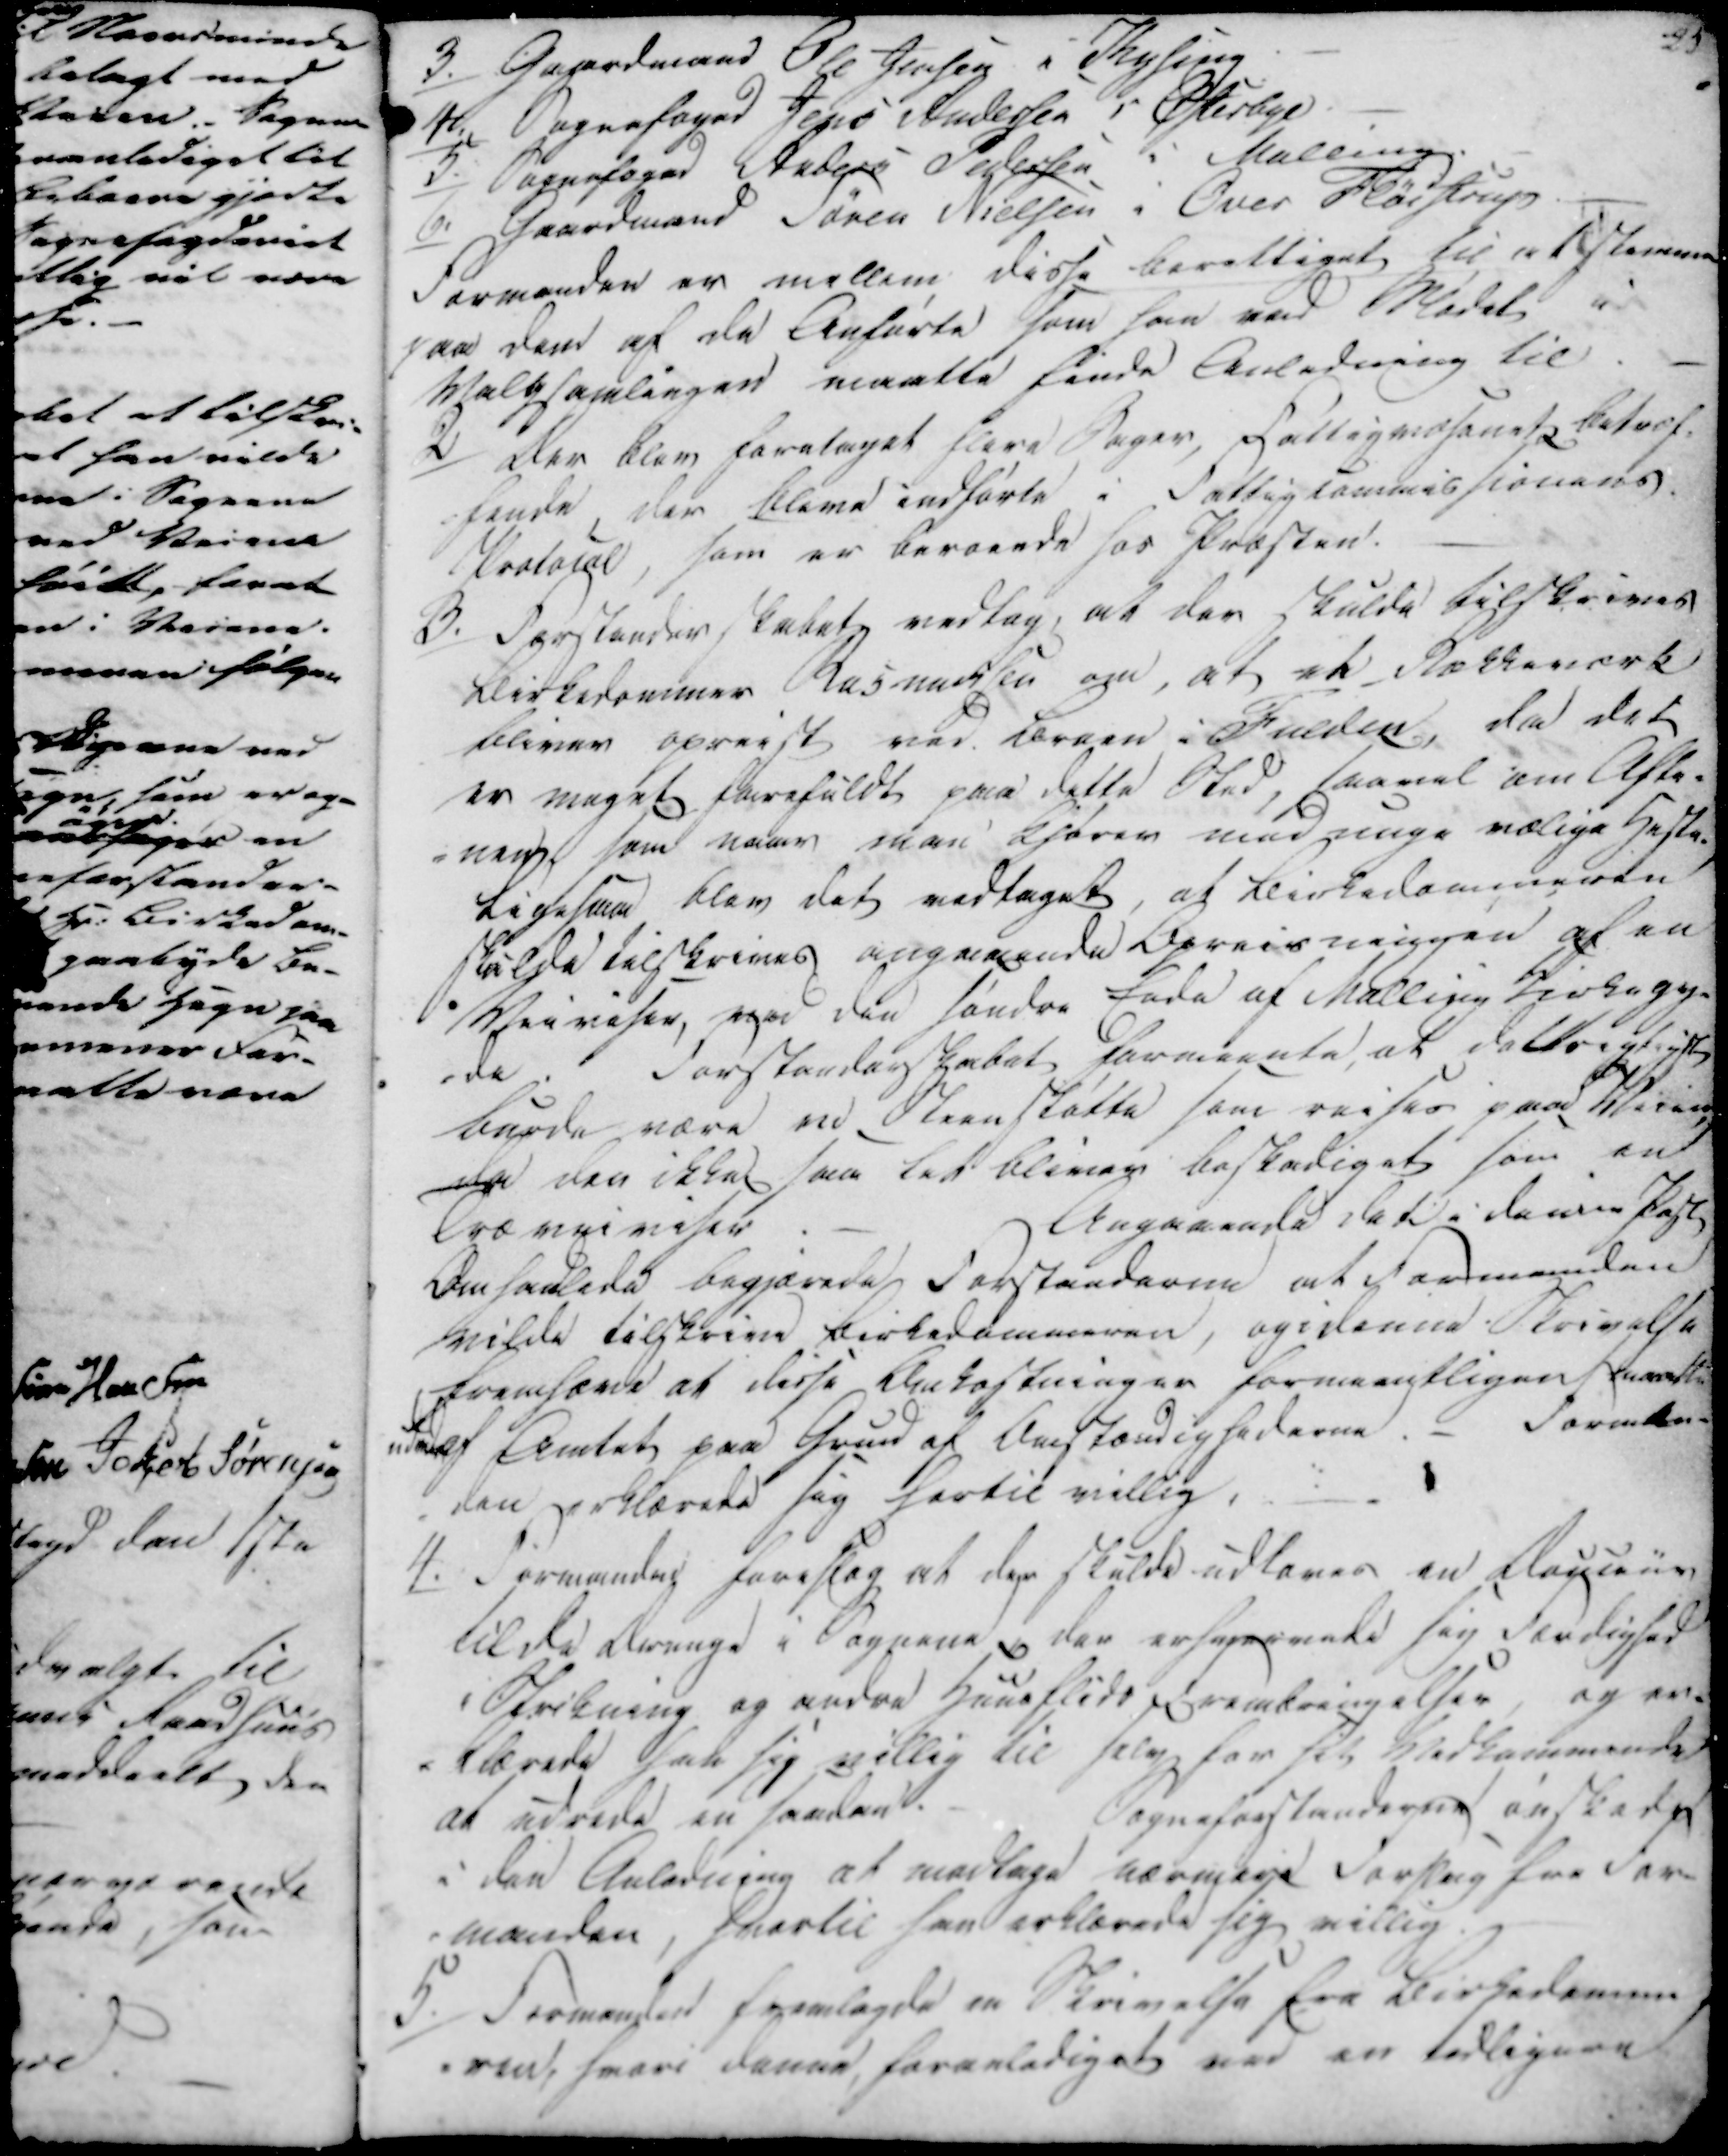
Transskription:
3.

Gaardmand Ole Jensen i Thysing.

4.

Sognefoged Jens Andersen i Østerbye.

5.

Sognefoged Anders Pedersen i Malling.

6.

Gaardmand Søren Nielsen i Over Fløistrup.

Formanden er mellem disse berettiget til at stemme
paa dem af de Anførte som han ved Mødet i
Valgsamlingen maatte finde Anledning til.

2)

Der blev foretaget flere Sager, Fattigvæsenets betræf-
fende, der bleve indførte i Fattig Commissionens
Protokol, som er beroende hos Præsten.

3.

Forstanderskabet vedtog, at der skulde tilskrives
Kirkedommer Rasmussen om, at et Rækkeværk
bliver opreist ved Broen i Fulden, da det
er meget farefuldt paa dette Sted, saavel om Afte-
nen, som naar man kjører med unge rolige Heste.
Ligesaa blev det vedtaget, at Kirkedommeren
skulde tilskrives angaaende Byreisningen af en
Veiviser, ved den søndre Ende af Malling Kirkegy-
-de.
Forstanderskabet forveente at dette .....
burde være ved Steenstøtte som reises paa Veien
da der ikke saa tit bliver beskadiget som en
Træveiviser:
Angaaende det i denne Post
Omhandlede begjærede Forstanderen at Formanden
vilde tilskrive Kirkedommeren, og i denne Skrivelse
fremhæve at disse Omkostninger forvaentligen maatte
ud af Amtet paa Grund af Omstændighederne.
Forman-
den erklærede sig hertil villig.

4.

Formanden foreslog at der skulde udloves en Oeuuer
til da Ovrige i Sognene, der erhvervede sig Færdighed
i Strikning og andre Huusflids Fremkringelser, og er-
klærede her sig villig til selv for fik Vedkommende
at udrede en saadan.
Sogneforstanderen ønskede
i den Anledning at medtage nærmere Forslag fra For-
manden, hvortil han erklærede sig villig.

5.

Formanden fremlagde en Skrivelse fra Kirkedomme
ren, hvori denne foranlediget ved en tidligere